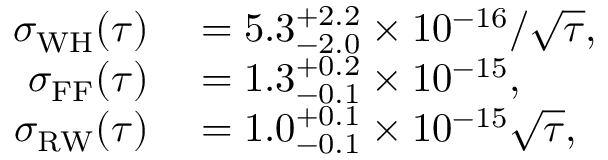
\begin{array} { r l } { \sigma _ { \mathrm { W H } } ( \tau ) } & { { } = 5 . 3 _ { - 2 . 0 } ^ { + 2 . 2 } \times 1 0 ^ { - 1 6 } / \sqrt { \tau } , } \\ { \sigma _ { \mathrm { F F } } ( \tau ) } & { { } = 1 . 3 _ { - 0 . 1 } ^ { + 0 . 2 } \times 1 0 ^ { - 1 5 } , } \\ { \sigma _ { \mathrm { R W } } ( \tau ) } & { { } = 1 . 0 _ { - 0 . 1 } ^ { + 0 . 1 } \times 1 0 ^ { - 1 5 } \sqrt { \tau } , } \end{array}